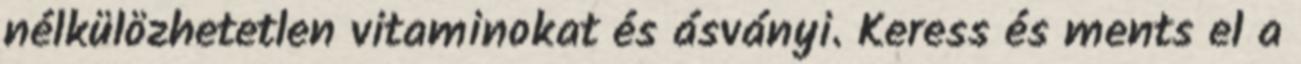
nélkülözhetetlen vitaminokat és ásványi. Keress és ments el a